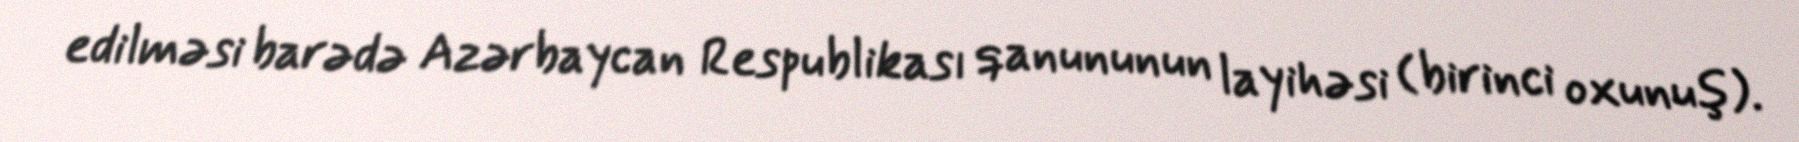
edilməsi barədə Azərbaycan Respublikası qanununun layihəsi (birinci oxunuş).